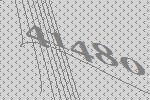
41480